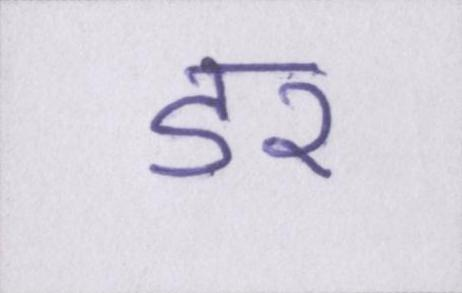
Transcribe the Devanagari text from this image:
डर